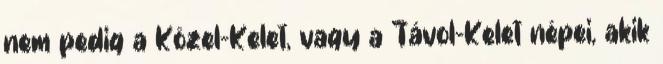
nem pedig a Közel-Kelet, vagy a Távol-Kelet népei, akik